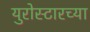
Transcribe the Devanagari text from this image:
युरोस्टारच्या